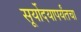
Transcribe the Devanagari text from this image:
सूर्योदयापर्यंतचा